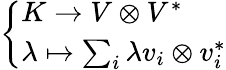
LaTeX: \left\{ \begin{array}{ll}{K\to V\otimes V^{*}}\\ {\lambda\mapsto\sum_{i}\lambda v_{i}\otimes v_{i}^{*}}\end{array}\right.